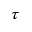
\tau